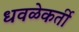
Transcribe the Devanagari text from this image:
धवळेकर्ती